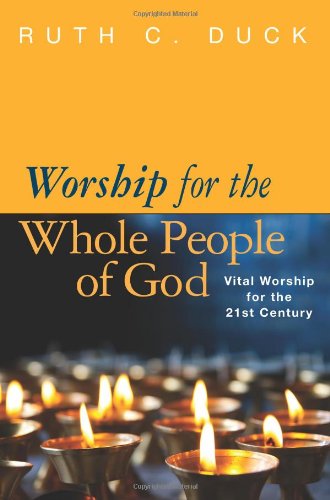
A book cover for Worship for the Whole People of God: Vital Worship for the 21st Century; Ruth C. Duck; Christian Books & Bibles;